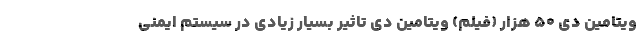
ويتامين دی 50 هزار (فیلم) ویتامین دی تاثیر بسیار زیادی در سیستم ایمنی